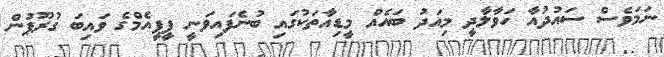
ނަމަވެސް ސައުދުއާ ހަވާލާދީ މިއަދު ބައެއް މީޑިއާތަކުގައި ބުނެފައިވަނީ ޕީޕީއެމްގެ ވައިބަ ގުރޫޕުން